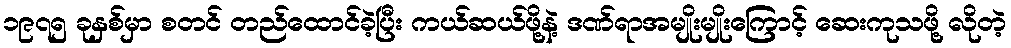
၁၉၇၅ ခုနှစ်မှာ စတင် တည်ထောင်ခဲ့ပြီး ကယ်ဆယ်ဖို့နဲ့ ဒဏ်ရာအမျိုးမျိုးကြောင့် ဆေးကုသဖို့ လိုတဲ့